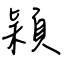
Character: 穎